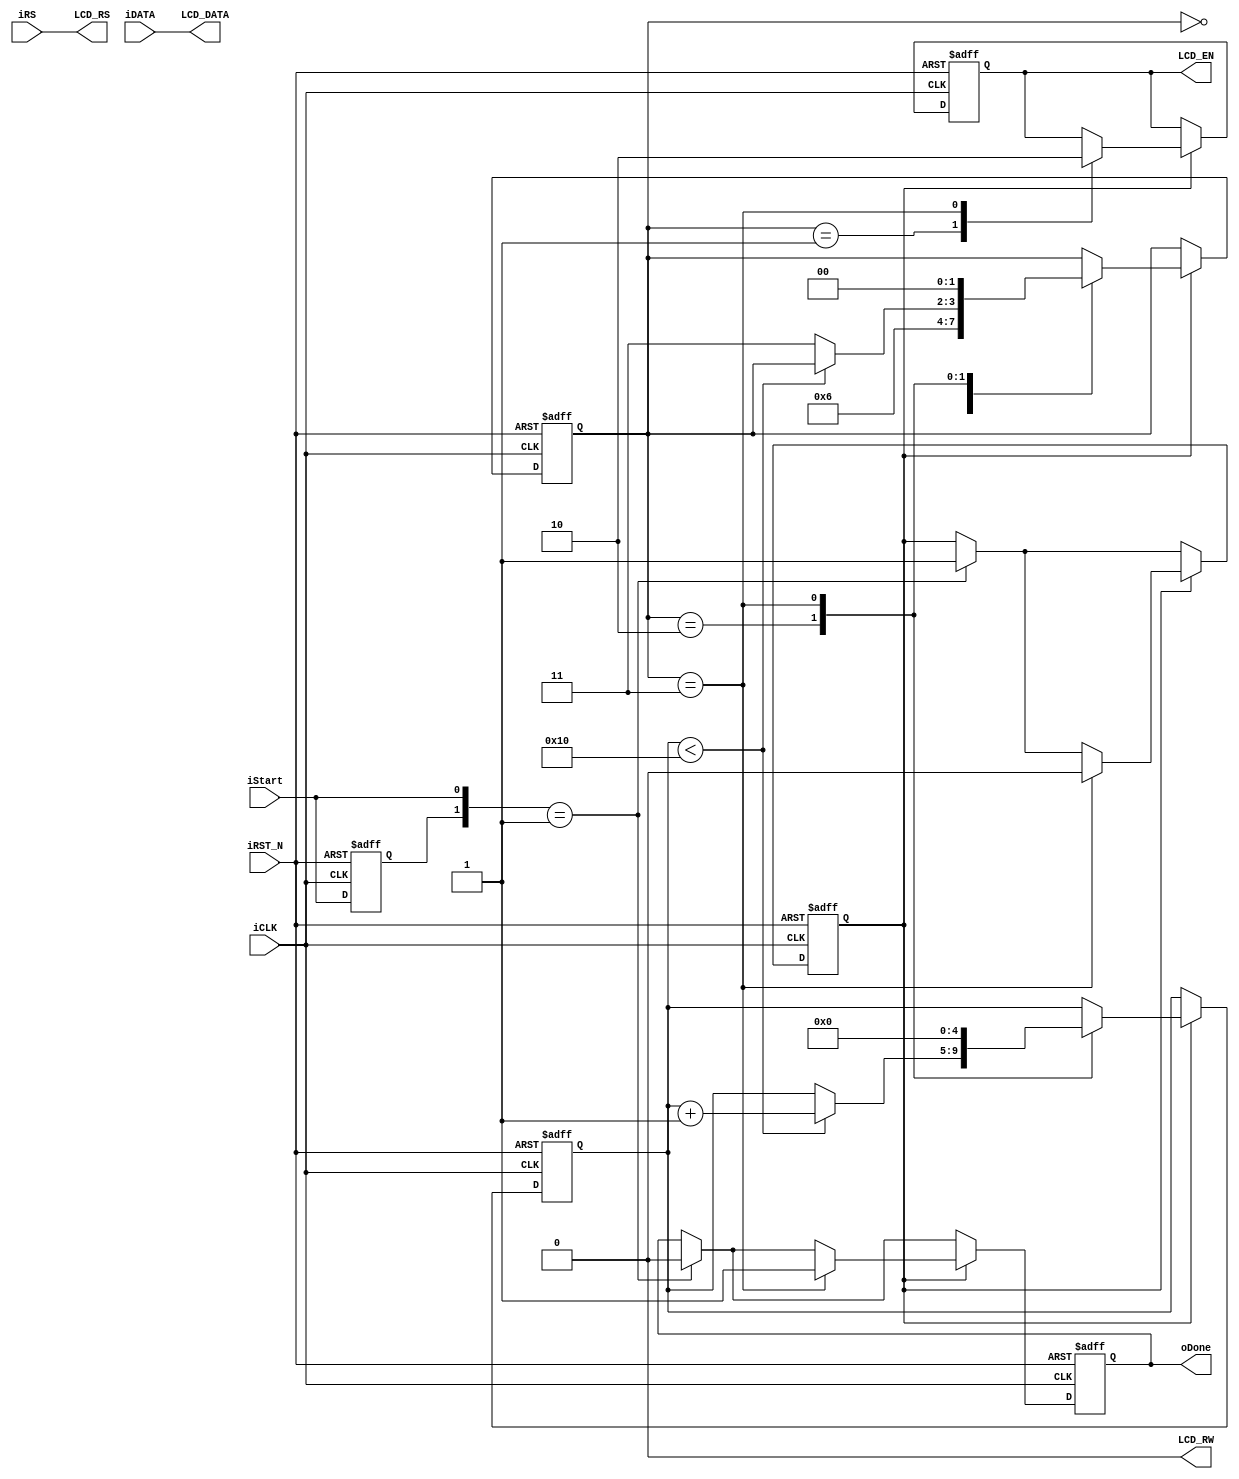
module LCD_Controller (
//    Host Side
input [7:0] iDATA,
input iRS,
input iStart,
output reg oDone,
input iCLK,iRST_N,
//    LCD Interface
output [7:0] LCD_DATA,
output LCD_RW,
output reg LCD_EN,
output LCD_RS    );

parameter    CLK_Divide    =    16;

//    Internal Register
reg        [4:0]    Cont;
reg        [1:0]    ST;
reg        preStart,mStart;

/////////////////////////////////////////////
//    Only write to LCD, bypass iRS to LCD_RS
assign    LCD_DATA    =    iDATA;
assign    LCD_RW        =    1'b0;
assign    LCD_RS        =    iRS;
/////////////////////////////////////////////

always@(posedge iCLK or negedge iRST_N)
begin
    if(!iRST_N)
    begin
        oDone    <=    1'b0;
        LCD_EN    <=    1'b0;
        preStart<=    1'b0;
        mStart    <=    1'b0;
        Cont    <=    0;
        ST        <=    0;
    end
    else
    begin
        //////    Input Start Detect ///////
        preStart<=    iStart;
        if({preStart,iStart}==2'b01)
        begin
            mStart    <=    1'b1;
            oDone    <=    1'b0;
        end
        //////////////////////////////////
        if(mStart) 
        begin
            case(ST) // Sequencia para controlar o sinal LCD_EN na fase de envio de comando para o LCD.
				         // LCD_EN deve ser '1' quando LCD_DATA e LCD_RS estiver configurado, e apos um breve
							// periodo (16 ciclos de relogio) LCD_EN deve voltar para '0' a fim de aguardar um
							// novo comando.
            0:    ST    <=    1;    //    Aguardar a estabilizacao dos valores em LCD_DATA e LCD_RS
            1:    begin
                    LCD_EN    <=    1'b1;
                    ST        <=    2;
                end
            2:    begin
                    if(Cont<CLK_Divide)
                    Cont    <=    Cont + 1'b1;
                    else
                    ST        <=    3;
                end
            3:    begin
                    LCD_EN    <=    1'b0;
                    mStart    <=    1'b0;
                    oDone    <=    1'b1;
                    Cont    <=    0;
                    ST        <=    0;
                end
            endcase
        end
    end
end

endmodule